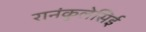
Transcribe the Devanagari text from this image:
रानंकुलेसिई